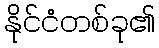
နိုင်ငံတစ်ခု၏